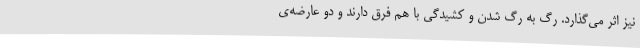
نیز اثر می‌گذارد. رگ به رگ شدن و کشیدگی با هم فرق دارند و دو عارضه‌ی